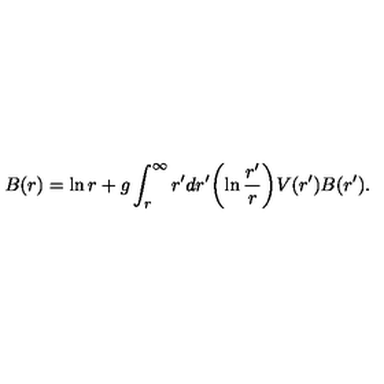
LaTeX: B ( r ) = \ln r + g \int _ { r } ^ { \infty } r ^ { \prime } d r ^ { \prime } \biggl ( \ln { \frac { r ^ { \prime } } { r } } \biggr ) V ( r ^ { \prime } ) B ( r ^ { \prime } ) .